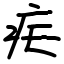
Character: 疟